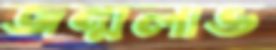
জন্মলাভ